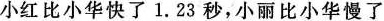
小红比小华快了1.23秒，小丽比小华慢了